Insane asylums in Bengal annual reports 1867-1875 - 1867-1875
Year: 1867
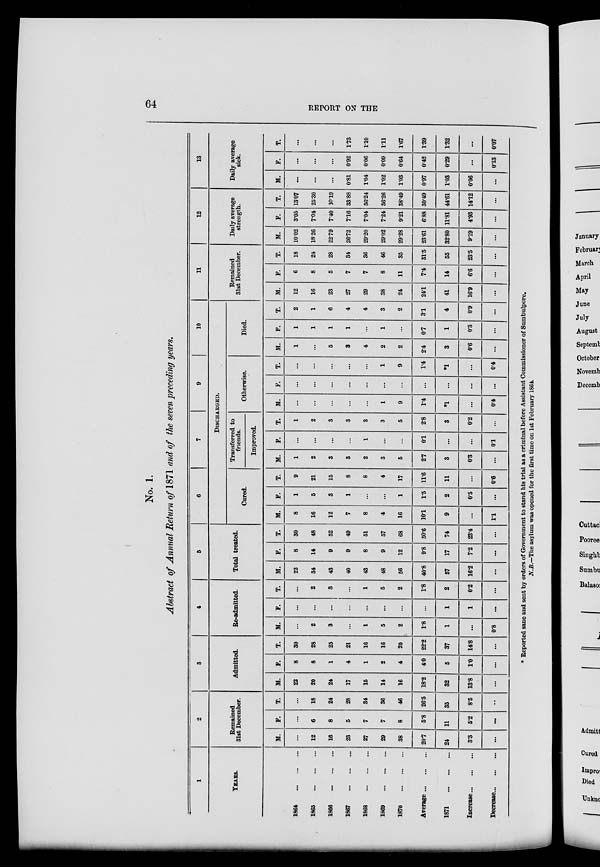
64
REPORT ON THE
No. 1.
Abstract of Annual Return of 1871 and of the seven preceding years.
1
YEARS.
1864
...
...
...
1865
...
...
...
1866
...
...
...
1867
...
...
...
1868
...
...
...
1869
...
...
...
1870
...
...
...
Average ... ... ...
1871
...
...
...
Increase ... ... ...
Decrease ... ... ...
2
Remained
31st December.
M.
...
12
16
23
27
29
38
20.7
24
3.3
...
F.
...
6
8
5
7
7
8
5.8
11
5.2
...
T.
...
18
24
28
34
36
46
26.5
35
8.5
...
3
Admitted.
M.
22
20
24
17
15
14
16
18.2
32
13.8
...
F.
8
8
1
4
1
2
4
4.0
5
1.0
...
T.
30
28
25
21
16
16
20
22.2
37
14.8
...
4
Re-admitted.
M.
...
2
3
...
1
5
2
1.8
1
...
0.8
F.
...
...
...
...
...
...
...
...
1
1
...
T.
...
2
3
...
1
5
2
1.8
2
0.2
...
5
Total treated.
M.
22
34
43
40
43
48
56
40.8
57
16.2
...
F.
8
14
9
9
8
9
12
9.8
17
7.2
...
T.
30
48
52
49
51
57
68
50.6
74
23.4
...
6
7
9
10
DISCHARGED.
Cured.
M.
8
16
12
7
8
4
16
10.1
9
...
1.1
F.
1
5
3
1
...
...
1
1.5
2
0.5
...
T.
9
21
15
8
8
4
17
11.6
11
...
0.6
Transferred to
friends.
Improved.
M.
1
2
3
3
2
3
5
2.7
3
0.3
...
F.
...
...
...
...
1
...
...
0.1
...
...
0.1
T.
1
2
3
3
3
3
5
2.8
3
0.2
...
Otherwise.
M.
...
...
...
...
...
1
9
1.4
*1
...
0.4
F.
...
...
...
...
...
...
...
...
...
...
...
T.
...
...
...
...
...
1
9
1.4
*1
...
0.4
Died.
M.
1
...
5
3
4
2
2
2.4
3
0.6
...
F.
1
1
1
1
...
1
...
0.7
1
0.3
...
T.
2
1
6
4
4
3
2
3.1
4
0.9
...
11
Remained
31st December.
M.
12
16
23
27
29
38
24
24.1
41
16.9
...
F.
6
8
5
7
7
8
11
7.4
14
6.6
...
T.
18
24
28
34
36
46
35
31.5
55
23.5
...
12
Daily average
strength.
M.
10.02
18.26
22.79
26.72
29.20
29.02
29.28
23.61
32.80
9.19
...
F.
3.05
7.04
7.40
7.16
7.04
7.24
9.21
6.88
11.81
4.93
...
T.
13.07
25.30
30.19
33.88
36.24
36.26
38.49
30.49
44.61
14.12
...
13
Daily average
sick.
M.
...
...
...
0.81
1.04
1.02
1.03
0.97
1.03
0.06
...
F.
...
...
...
0.92
0.06
0.09
0.64
0.42
0.29
...
0.13
T.
...
...
...
1.73
1.10
1.11
1.67
1.39
1.32
...
0.07
* Reported sane and sent by orders of Government to stand his trial as a criminal before Assistant Commissioner of Sumbulpore.
N.B.—The asylum was opened for the first time on 1st February 1864.